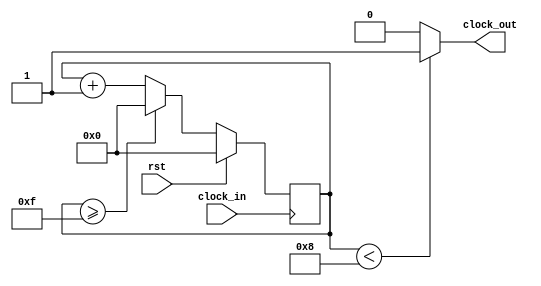
`timescale 1ns / 1ps
//////////////////////////////////////////////////////////////////////////////////
// Company: 
// Engineer: 
// 
// Design Name: 
// Module Name: divisor_clock
// Project Name: 
// Target Devices: 
// Tool Versions: 
// Description: 
// 
// Dependencies: 
// 
// Revision:
// Revision 0.01 - File Created
// Additional Comments:
// 
//////////////////////////////////////////////////////////////////////////////////


module divisor_clock #(parameter N_TAPS = 16)(input rst, input clock_in, output clock_out

    );

reg [$clog2(N_TAPS)-1:0] counter = 0;

always @(posedge clock_in)
begin
 counter <= counter + 1;
 if (rst)
 counter <= 0;
 else if(counter>=(N_TAPS-1))
  counter <= 28'd0;
end
assign clock_out = (counter<N_TAPS/2)?1'b1:1'b0;
endmodule